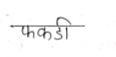
मजकूर: फकडी